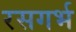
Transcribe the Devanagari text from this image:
रसगर्भ